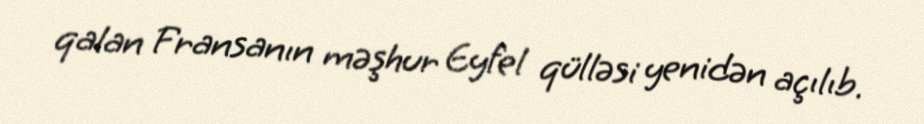
qalan Fransanın məşhur Eyfel qülləsi yenidən açılıb.